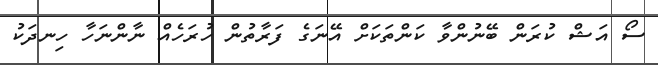
ސޯ އަޝް ކުރަން ބޭނުންވާ ކަންތަކަށް އޭނަގެ ފަރާތުން ހުރަހެއް ނާންނަހާ ހިނދަކު